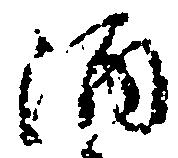
酒